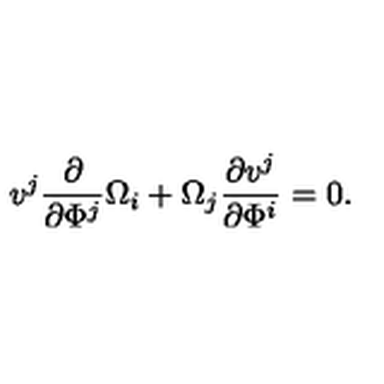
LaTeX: v ^ { j } \frac { \partial } { \partial \Phi ^ { j } } \Omega _ { i } + \Omega _ { j } \frac { \partial v ^ { j } } { \partial \Phi ^ { i } } = 0 .